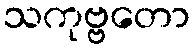
သကုဗ္ဗတော